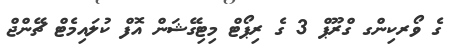
ގެ ވޯރކިންގ ގްރޫޕް 3 ގެ ރިޕޯޓް މިޓިގޭޝަން އޮފް ކުލައިމެޓް ޗޭންޖް